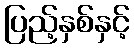
ပြည့်နှစ်နှင့်